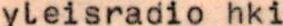
yleisradio hki